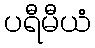
ပရီမီယံ